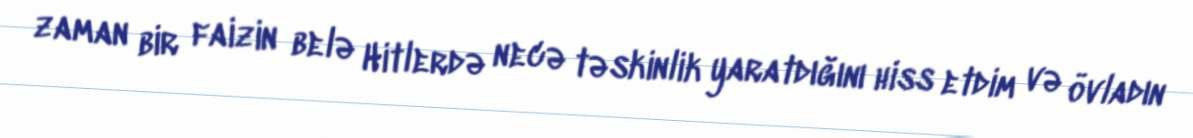
zaman bir faizin belə Hitlerdə necə təskinlik yaratdığını hiss etdim və övladın